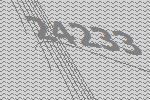
24233